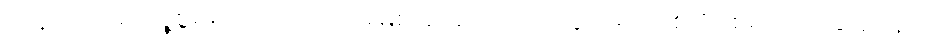
အနာဂတ်မှာ လူ့စွမ်းအား အရင်းအမြစ် ခါးဆက်ပြတ်သွားမှာကို စိုးရိမ်စရာအခြေအနေလို့